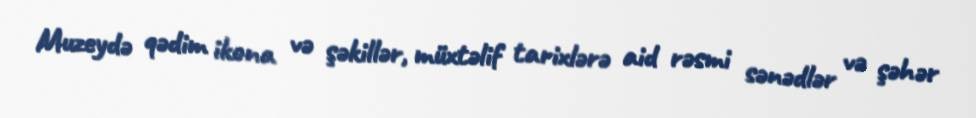
Muzeydə qədim ikona və şəkillər, müxtəlif tarixlərə aid rəsmi sənədlər və şəhər